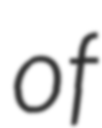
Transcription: of